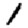
Digit: 1